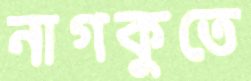
নাগকুতে